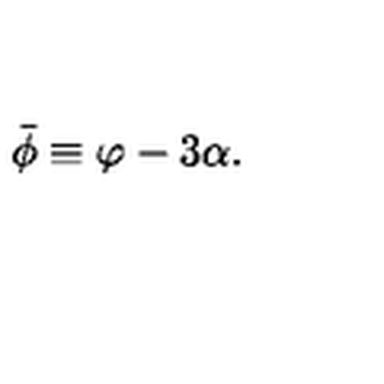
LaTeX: \bar { \phi } \equiv \varphi - 3 \alpha .